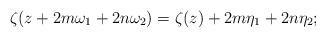
LaTeX: \begin{align*}\zeta(z+2m\omega_{1}+2n\omega_{2})=\zeta(z)+2m\eta_{1}+2n\eta_{2};\end{align*}